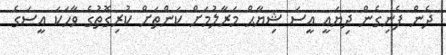
ދެން ފެނިގެން ދިޔައީ އީސަ ޝިޔާޙް މަރާލުމަށް ކަންތަށް ކުރިގޮތުގެ ވާހަކަ އީސަގެ